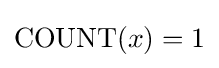
\operatorname {COUNT} ({x})=1